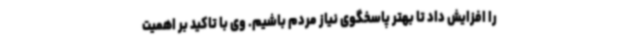
را افزایش داد تا بهتر پاسخگوی نیاز مردم باشیم. وی با تاکید بر اهمیت